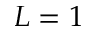
L = 1